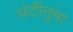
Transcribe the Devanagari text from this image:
घंटीनुमा